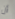
أن